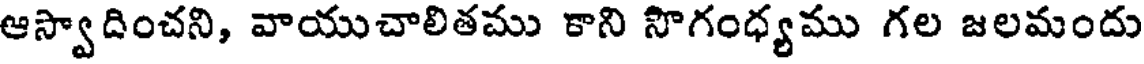
ఆస్వాదించని, వాయుచాలితము కాని సొగంధ్యము గల జలమందు